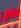
pla